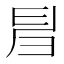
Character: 𢑚